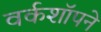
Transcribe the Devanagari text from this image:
वर्कशॉपने